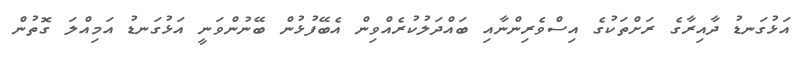
އަޅުގަނޑު ދާއިރާގެ ރަށްތަކުގެ އިސްވެރިންނާއި ބައްދަލުކުރެއްވިން އެބޭފުޅުން ބޭނުންވަނީ އަޅުގަނޑު އަމިއްލަ ގޮތުން